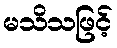
မသိသဖြင့်